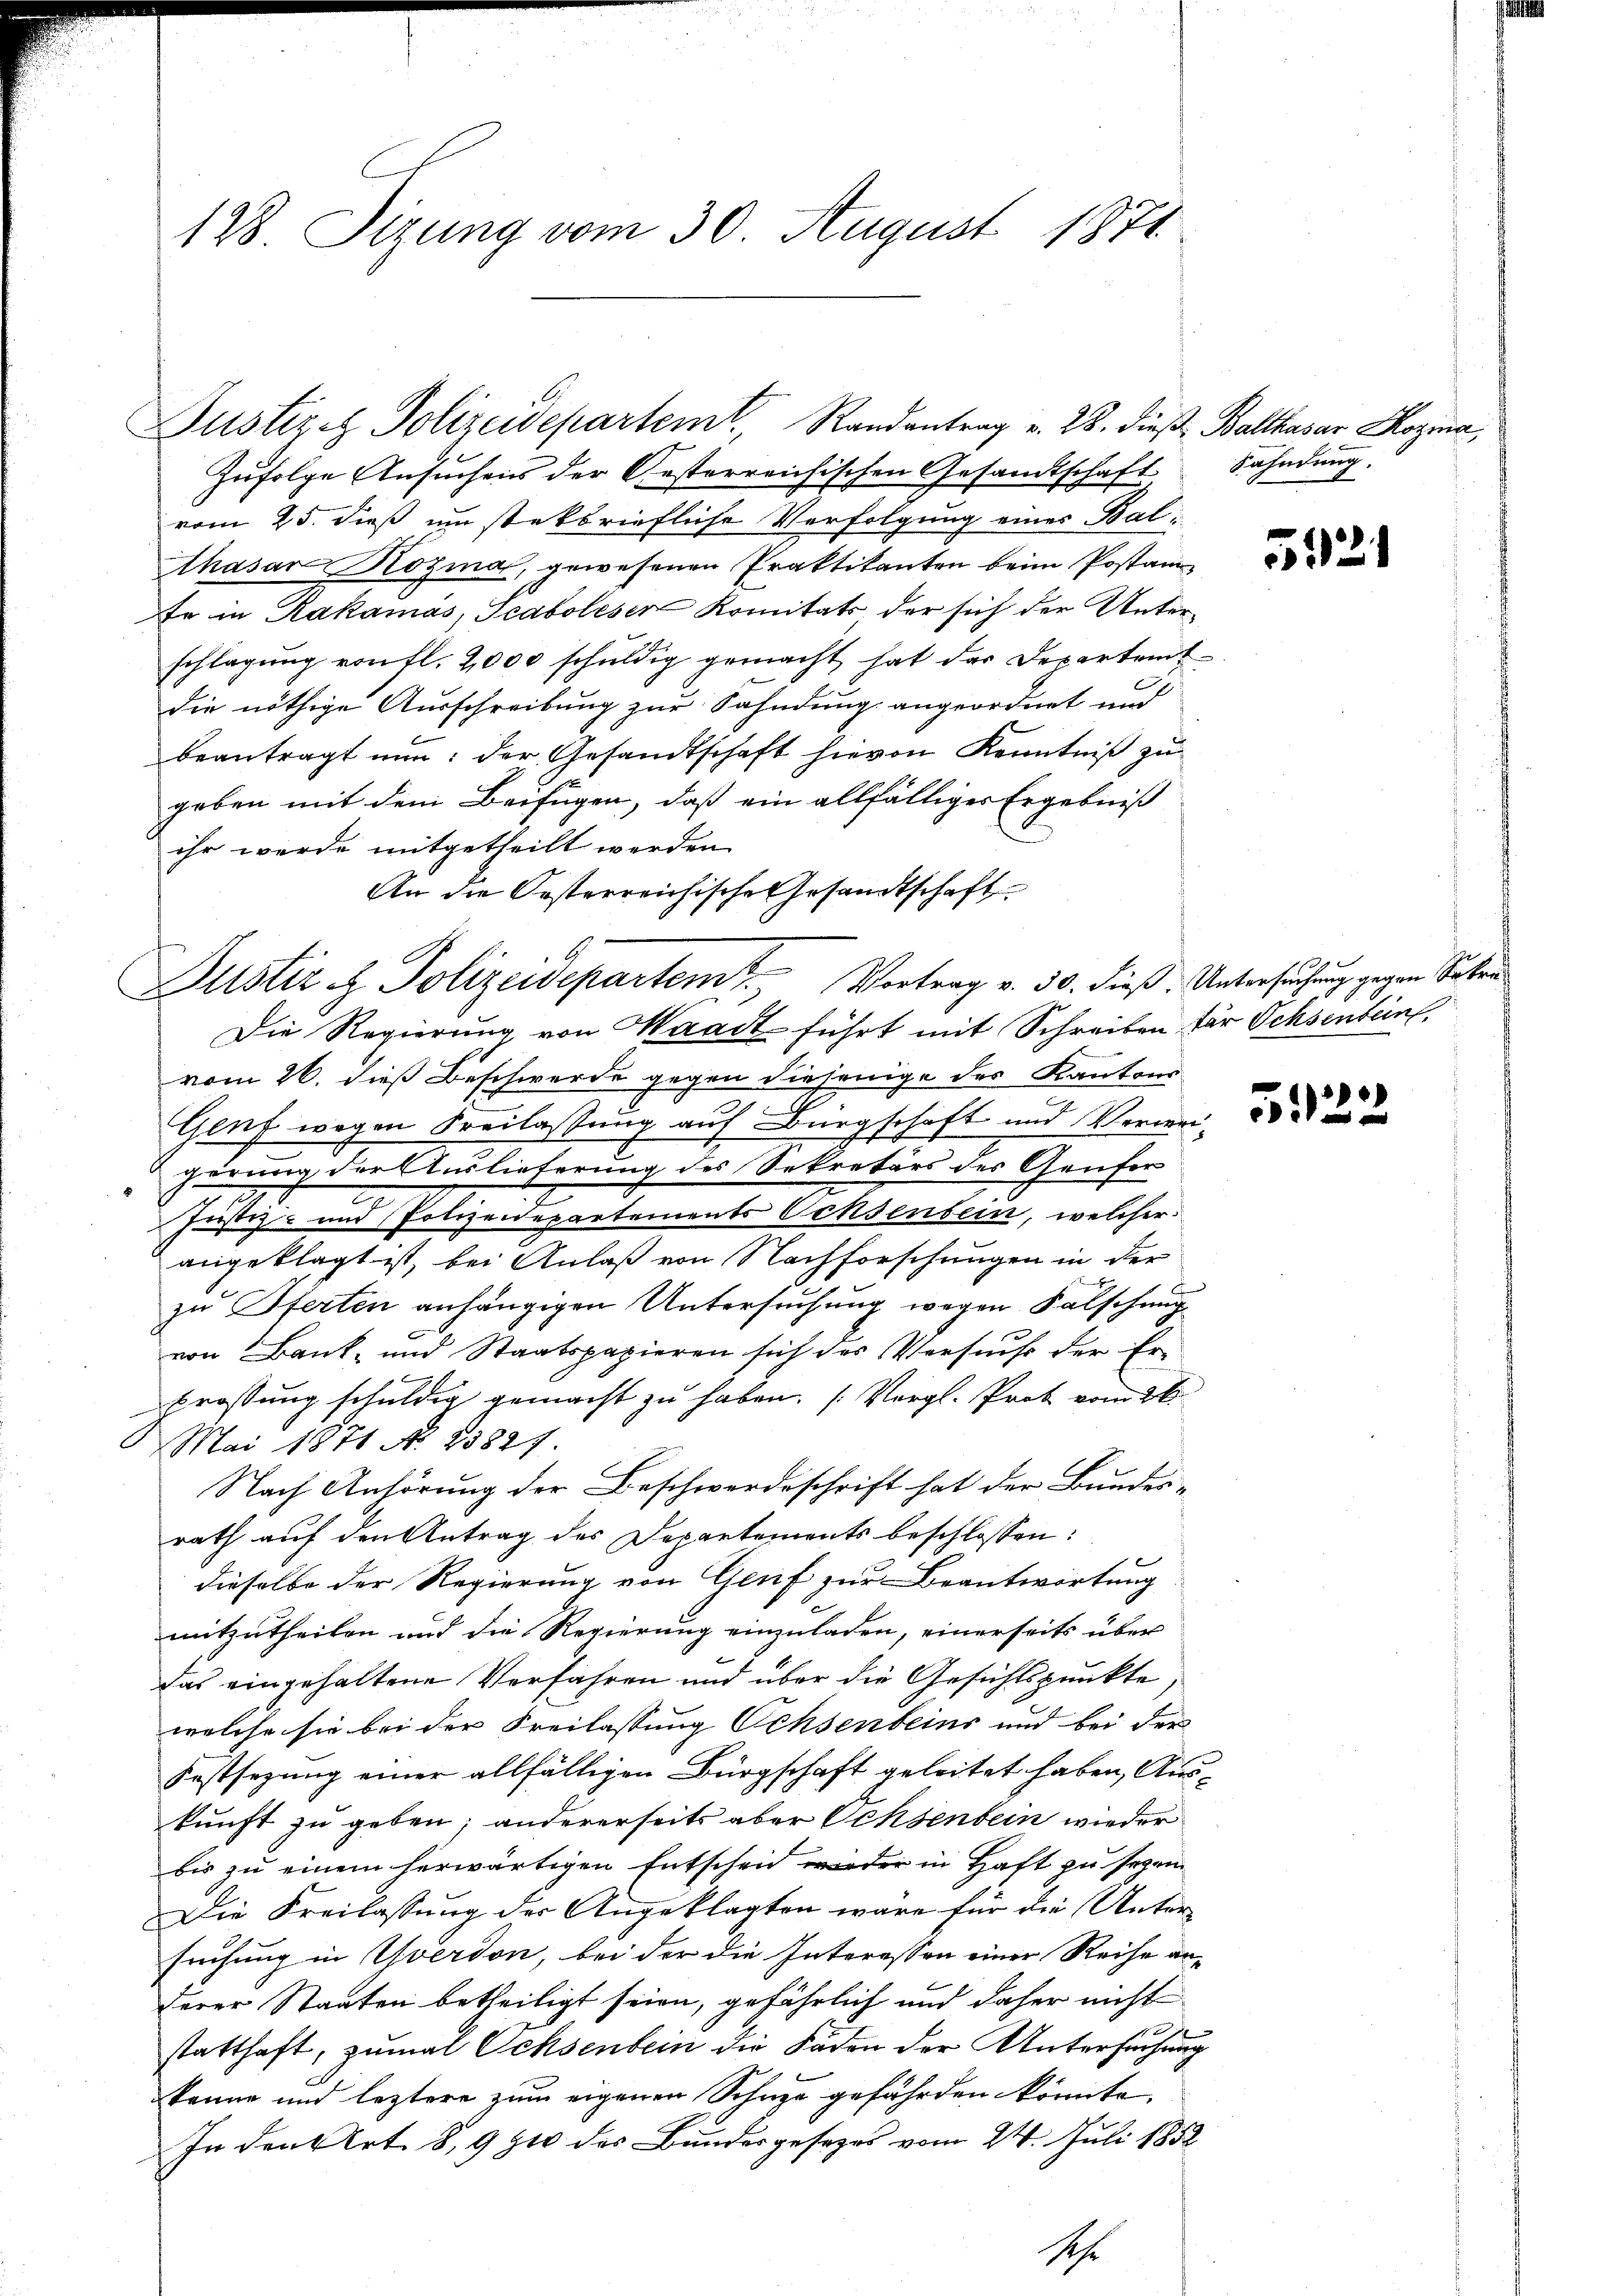
128. Sizung vom 30. August 1871

Zufolge Ansuchens der Gesterreichischen Gesandtschaft Sahndung.
vom 25. dieß um stetbriefliche Verfolgung eines Bal¬
Ahasar Rosina, gewesenen Praktikanton beim Postanz
Er in Kakamás, Teaboleser Komitats der sich der Unterschlagung von fl. 2000 schuldig gemacht hat des Departemt
die nöthige Ausschreibung zur Sahndung angeordnet und
beantragt nun: der Gesandtschaft hievon Kenntniß zu
geben mit dem Beifügen, daß ein allfälliger Ergebniß
ihr werde mitgetheilt werden.
An die Posterreichische Gesandtschaft

Justiz & Polizeidepartem Randantrag v. 28. dieß Balthasar Kozina,

Justiz & Polizeidepartem Vortrag v. 30. dieß. Untersuchung gegen Seiten

Die Regierung von Waadt führt mit Schreiben für Ochsenten
vom 26. dieß Beschwerde gegen diejenige des Kantons
Genf wegen Freilassung auf Bürgschaft und Vermeigerung der Auslieferung des Sekretärs des Genfor
Justiz- und Polizeidepartements Ochsenbein, welcher
angeklagt ist, bei Anlaß von Nachforschungen in der
zu Pferten anhängigen Untersuchung wegen Falschung
von Bank- und Staatspapieren sich des Versuchs der Erprossung schuldig gemacht zu haben. (Vergl. Prot vom 26.
Mai 1871 No 23827.
Nach Anhörung der Beschwerdeschrift hat der Bundes-
rath auf den Antrag des Departements beschlossen:
dieselbe der Regierung von Genf zur Beantwortung
mitzutheilen und die Regierung einzuladen, einerseits über
das eingehaltene Verfahren und über die Gesichtspunkte,
welche sie bei der Freilassung Ochsenbeins und bei der
Festsezung einer allfälligen Bürgschaft geleitet haben, Auskunft zu geben; andererseits aber Ochsenbein wieder
bis zu einem herwärtigen Entscheid wieder in Haft zu seyen
Die Kreilassung der Angeklagten wäre für die Unter-
fruhung in Yverdon, bei der die Interessen einer Reihe anderer Staaten betheiligt seien, gefährlich und daher nicht
statthaft, zumal Ochsenbein die Fäden der Untersuchung
könne und leztere zum eigenen Schuze gefährden könnte.
In den Art. 8, 991 des Bundesgesezes vom 24. Juli 1852
1.

5121

e

.